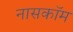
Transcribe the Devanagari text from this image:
नासकॉम